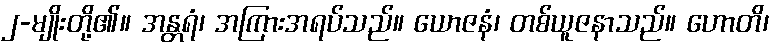
၂-မျိုးတို့၏။ အန္တရံ၊ အကြားအရပ်သည်။ ယောဇနံ၊ တစ်ယူဇနာသည်။ ဟောတိ၊